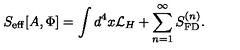
S _ { \mathrm { e f f } } [ A , \Phi ] = \int d ^ { 4 } x { \mathcal L } _ { H } + \sum _ { n = 1 } ^ { \infty } S _ { \mathrm { F D } } ^ { ( n ) } .